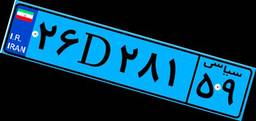
۵۵D۹۶۳۰۰